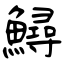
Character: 鱘